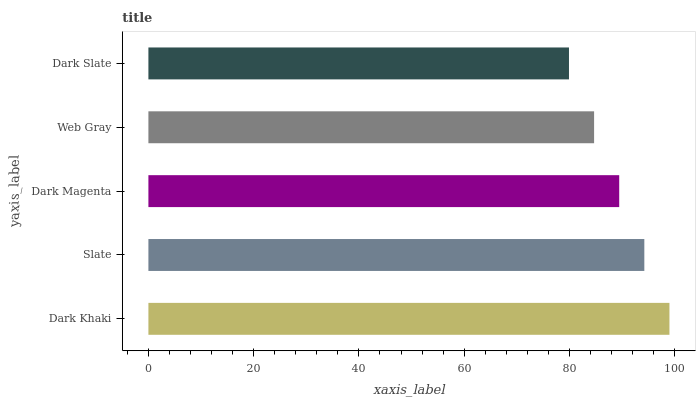
| yaxis_label | bars |
 | --- | --- |
 | Dark Khaki | 99 |
 | Slate | 94.2 |
 | Dark Magenta | 89.5 |
 | Web Gray | 84.7 |
 | Dark Slate | 79.9 |